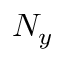
N _ { y }